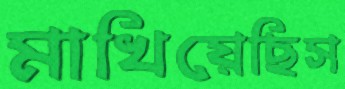
মাখিয়েছিস